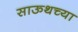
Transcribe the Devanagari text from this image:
साऊथच्या